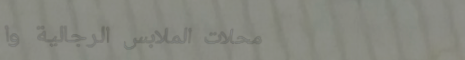
محلات الملابس الرجالية وا